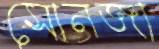
সোনজা